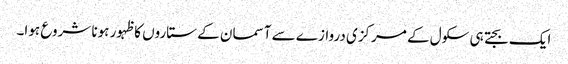
ایک بجتے ہی سکول کے مرکزی دروازے سے آسمان کے ستاروں کا ظہور ہونا شروع ہوا۔